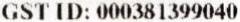
GST ID: 000381399040